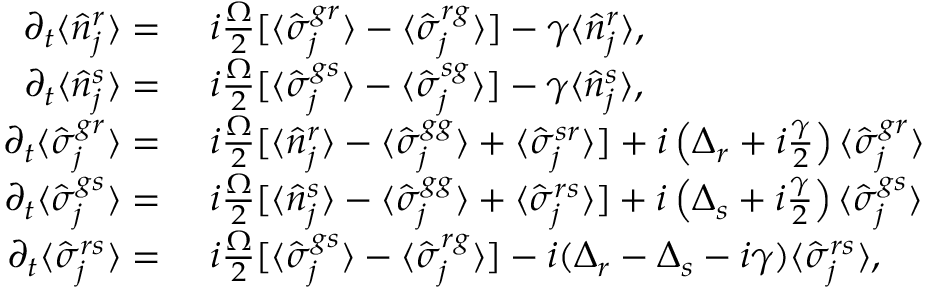
\begin{array} { r l } { \partial _ { t } \langle \hat { n } _ { j } ^ { r } \rangle = } & { { } \ i \frac { \Omega } { 2 } [ \langle \hat { \sigma } _ { j } ^ { g r } \rangle - \langle \hat { \sigma } _ { j } ^ { r g } \rangle ] - \gamma \langle \hat { n } _ { j } ^ { r } \rangle , } \\ { \partial _ { t } \langle \hat { n } _ { j } ^ { s } \rangle = } & { { } \ i \frac { \Omega } { 2 } [ \langle \hat { \sigma } _ { j } ^ { g s } \rangle - \langle \hat { \sigma } _ { j } ^ { s g } \rangle ] - \gamma \langle \hat { n } _ { j } ^ { s } \rangle , } \\ { \partial _ { t } \langle \hat { \sigma } _ { j } ^ { g r } \rangle = } & { { } \ i \frac { \Omega } { 2 } [ \langle \hat { n } _ { j } ^ { r } \rangle - \langle \hat { \sigma } _ { j } ^ { g g } \rangle + \langle \hat { \sigma } _ { j } ^ { s r } \rangle ] + i \left( \Delta _ { r } + i \frac { \gamma } { 2 } \right) \langle \hat { \sigma } _ { j } ^ { g r } \rangle } \\ { \partial _ { t } \langle \hat { \sigma } _ { j } ^ { g s } \rangle = } & { { } \ i \frac { \Omega } { 2 } [ \langle \hat { n } _ { j } ^ { s } \rangle - \langle \hat { \sigma } _ { j } ^ { g g } \rangle + \langle \hat { \sigma } _ { j } ^ { r s } \rangle ] + i \left( \Delta _ { s } + i \frac { \gamma } { 2 } \right) \langle \hat { \sigma } _ { j } ^ { g s } \rangle } \\ { \partial _ { t } \langle \hat { \sigma } _ { j } ^ { r s } \rangle = } & { { } \ i \frac { \Omega } { 2 } [ \langle \hat { \sigma } _ { j } ^ { g s } \rangle - \langle \hat { \sigma } _ { j } ^ { r g } \rangle ] - i ( \Delta _ { r } - \Delta _ { s } - i { \gamma } ) \langle \hat { \sigma } _ { j } ^ { r s } \rangle , } \end{array}